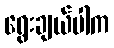
ရွေးချယ်ပါက